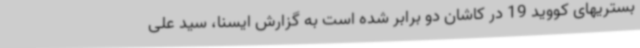
بستریهای کووید 19 در کاشان دو برابر شده است به گزارش ایسنا، سید علی